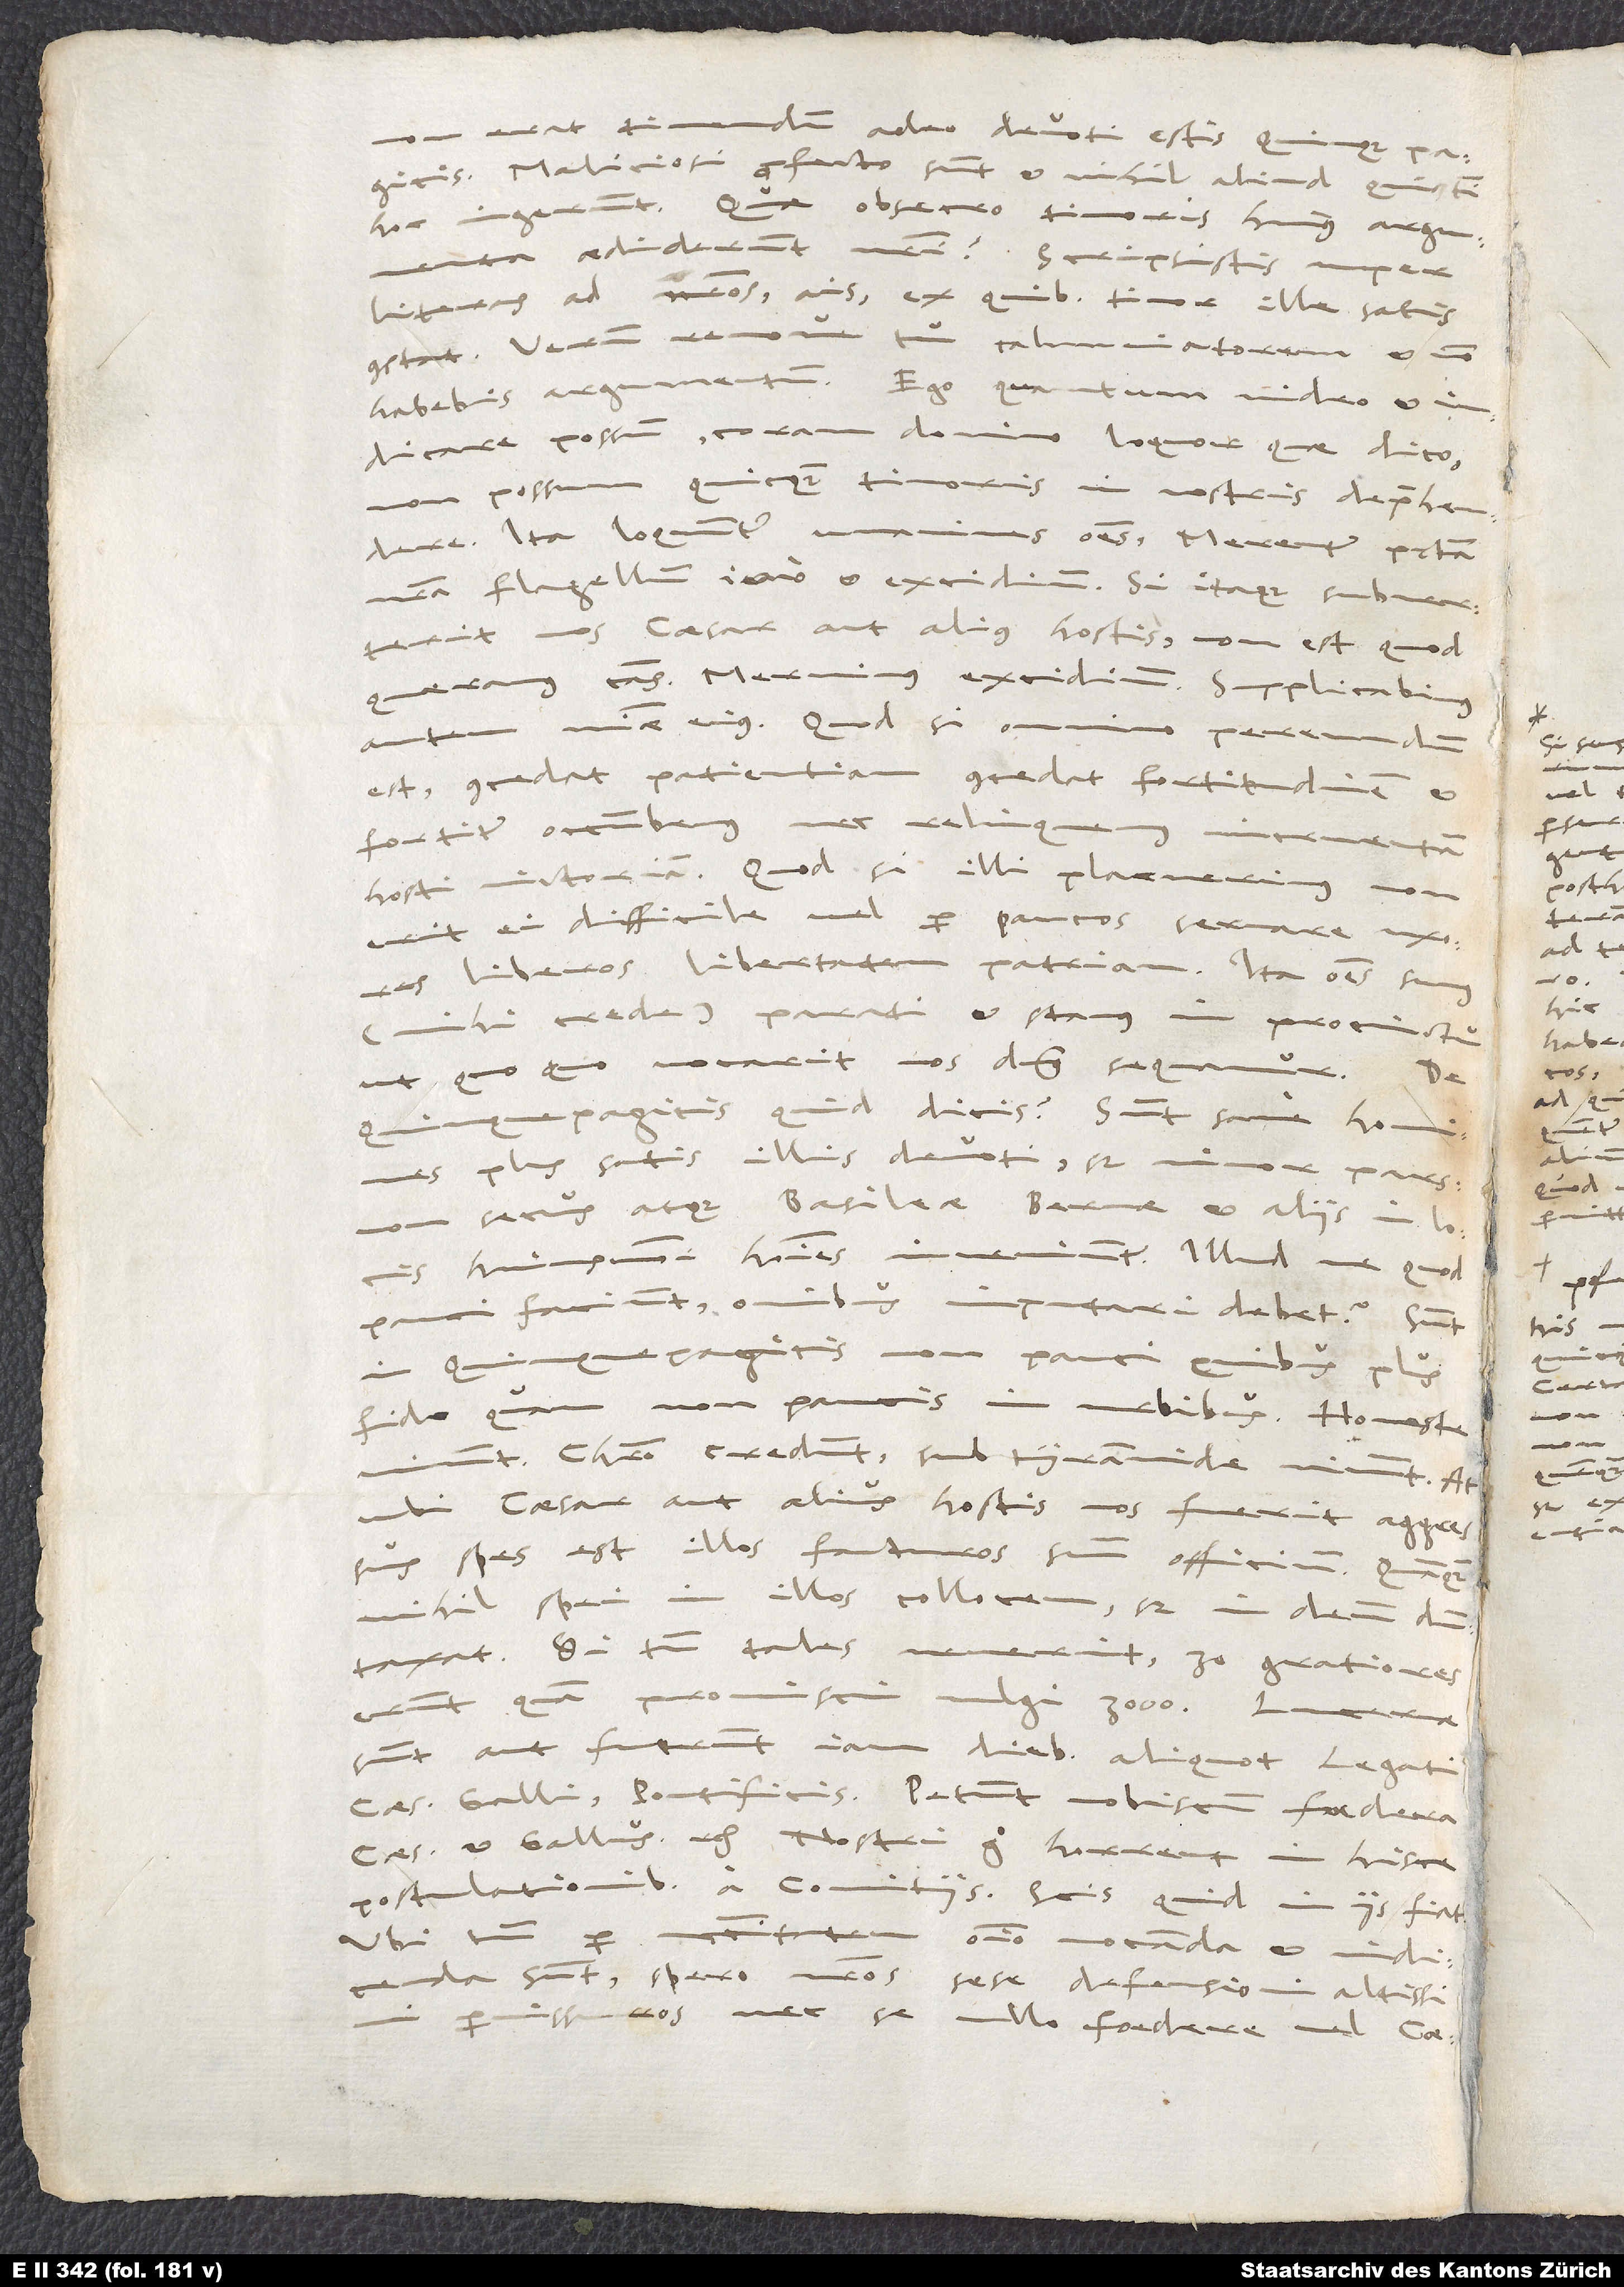
erat timendum, adeo devoti estis Quinque pagicis!“
Maliciosi profecto sunt et nihil aliud, qui tibi
hoc ingerunt! Quae, obsecro, timoris huius argumenta
aediderunt nostri? „Scripsistis nuper
literas ad nostros,“ ais, „ex quibus timor ille satis
constat.“ Verum remove tu calumniatorem et non
habebis argumentum! Ego, quantum video et
iudicare possum (coram domino loquor, quae dico),
non possum quicquam timoris in nostris deprehendere.
Ita loquuntur
unanimes omnes: Merentur peccata
nostra flagellum, imo et excidium. Si itaque subverterit
nos caesar aut alius hostis, non est, quod
quaeramus caussas. Meruimus excidium. Supplicabimus
autem misericordiae eius. Quodsi omnino pereundum
est, concedat patientiam, concedat fortitudinem, et
fortiter occumbemus, nec relinquemus incruentam
hosti victoriam. Quod si illi placuerimus, non
erit ei difficile vel per paucos servare uxores,
liberos, libertatem, patriam. Ita omnes sumus
(mihi crede) parati et stamus in procinctu,
ut, quoquo vocarit nos dominus, sequamur.
Quinque pagicis quid dicis? Sunt sane homines
plus satis illis devoti, sed minor pars.
Non secus atque Basileae, Bernae et aliis in locis
inveniuntur. Illudne, quod
huiusmodi homines
pauci faciunt, omnibus imputari debet? Sunt
Quinque pagicis non pauci, quibus plus
fido quam non paucis in urbibus. Honeste
Christo credunt, sub tyrannide vivunt. At,
ubi caesar aut alius hostis nos fuerit aggressus,
spes est illos facturos suum officium, quamquam
nihil spei in illos collocem, sed in deum
dumtaxat. Si tamen tales
venerint, 30 gratiores
erunt quam promiscui vulgi 3’000.
sunt aut fuerunt iam diebus aliquot legati
caesaris, Galli, pontificis. Petunt nobiscum foedera
caesar et Gallus, etc. Nostri ergo horrent in hisce
postulationibus a comitiis! Scis, quid in iis fiat.
Ubi tamen per necessitatem omnino vocanda et indicenda
sunt, spero nostros sese defensioni altissimi
permissuros nec se ullo foedere vel caesari